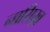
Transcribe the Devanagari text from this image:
नासिख़